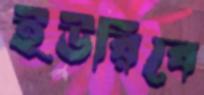
ইউরিবে